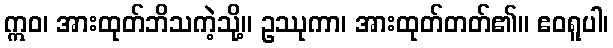
ဣဝ၊ အားထုတ်ဘိသကဲ့သို့။ ဥဿုကာ၊ အားထုတ်တတ်၏။ ဧဝရူပါ၊